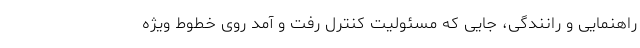
راهنمایی و رانندگی، جایی که مسئولیت کنترل رفت و آمد روی خطوط ویژه